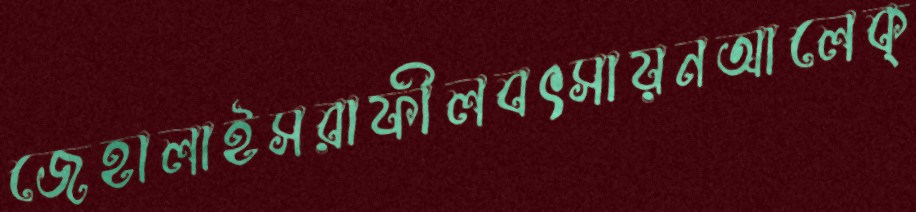
জেহালাইসরাফীলবৎসায়নআলেক্